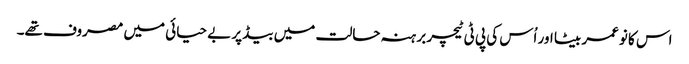
اس کا نوعمر بیٹا اور اُس کی پی ٹی ٹیچر برہنہ حالت میں بیڈ پر بے حیائی میں مصروف تھے۔